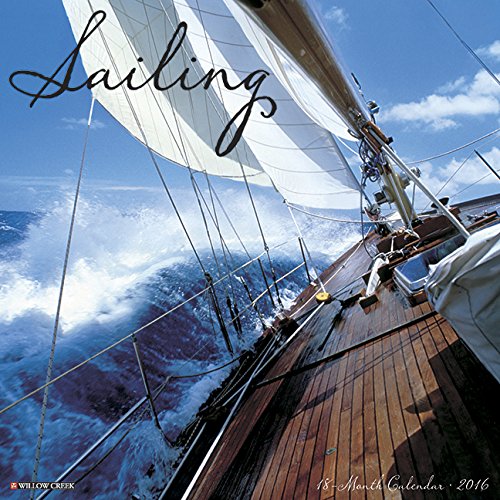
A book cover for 2016 Sailing Wall Calendar; Willow Creek Press; Calendars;